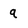
Character: q